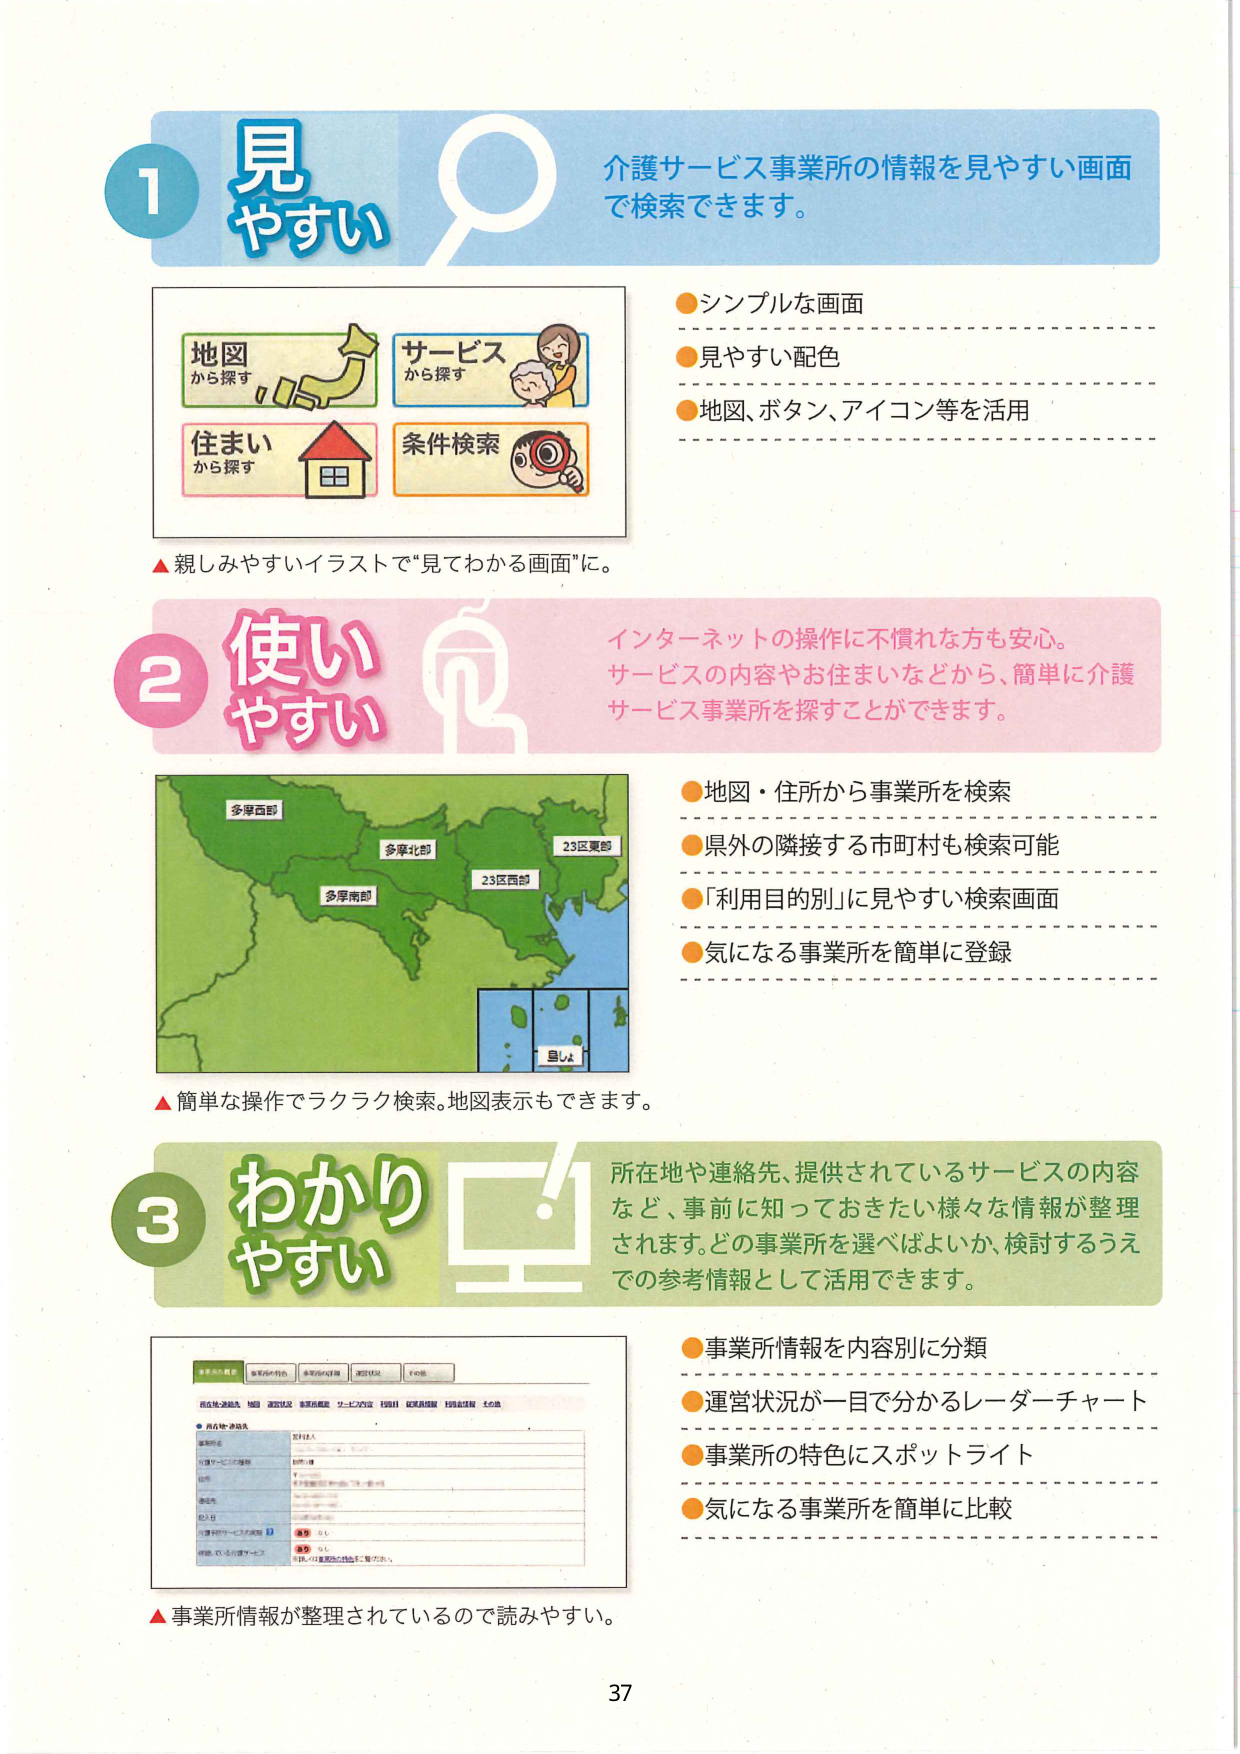
1 見やすい
介護サービス事業所の情報を見やすい画面
で検索できます。

●シンプルな画面
●見やすい配色
●地図、ボタン、アイコン等を活用

▲親しみやすいイラストで“見てわかる画面”に。

2 使いやすい
インターネットの操作に不慣れな方も安心。
サービスの内容やお住まいなどから、簡単に介護
サービス事業所を探することができます。

●地図・住所から事業所を検索
●県外の隣接する市町村も検索可能
●「利用目的別」に見やすい検索画面
●気になる事業所を簡単に登録

▲簡単な操作でラクラク検索。地図表示もできます。

3 わかりやすい
所在地や連絡先、提供されているサービスの内容
など、事前に知っておきたい様々な情報が整理
されます。どの事業所を選べばよいか、検討するうえ
での参考情報として活用できます。

●事業所情報を内容別に分類
●運営状況が一目で分かるレーダーチャート
●事業所の特色にスポットライト
●気になる事業所を簡単に比較

▲事業所情報が整理されているので読みやすい。

37